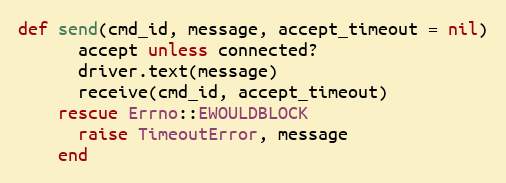
Language: Ruby
def send(cmd_id, message, accept_timeout = nil)
      accept unless connected?
      driver.text(message)
      receive(cmd_id, accept_timeout)
    rescue Errno::EWOULDBLOCK
      raise TimeoutError, message
    end